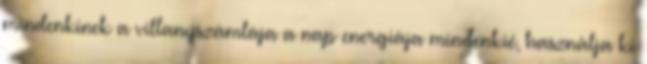
mindenkinek a villanyszámlája a nap energiája mindenkié, használja ki